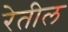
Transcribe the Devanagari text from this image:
रेतील